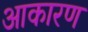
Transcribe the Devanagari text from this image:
आकारण